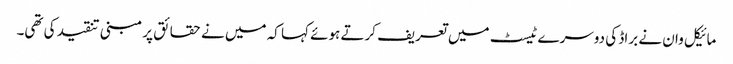
مائیکل وان نے براڈ کی دوسرے ٹیسٹ میں تعریف کرتے ہوئے کہا کہ میں نے حقائق پر مبنی تنقید کی تھی۔